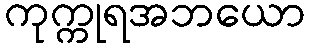
ကုက္ကုရအဘယော